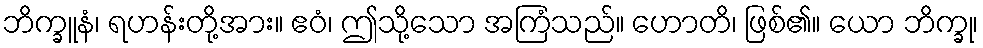
ဘိက္ခူနံ၊ ရဟန်းတို့အား။ ဧဝံ၊ ဤသို့သော အကြံသည်။ ဟောတိ၊ ဖြစ်၏။ ယော ဘိက္ခု၊